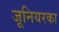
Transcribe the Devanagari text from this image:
जूनियरका